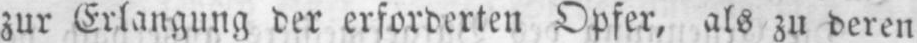
zur Erlangung der erforderten Opfer, als zu deren